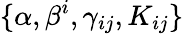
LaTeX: \{ \alpha,\beta^{i},\gamma_{ij},K_{ij}\}